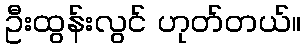
ဦးထွန်းလွင် ဟုတ်တယ်။